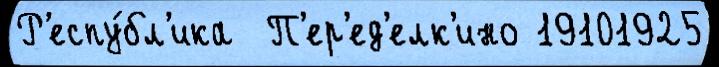
Р'еспу́бл'ика  П'ер'ед'елк'ино 19101925